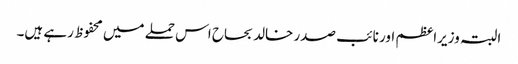
البتہ وزیراعظم اور نائب صدر خالد بحاح اس حملے میں محفوظ رہے ہیں۔